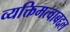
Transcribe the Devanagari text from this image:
व्यक्तिमत्वाबद्दल